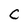
Character: c